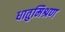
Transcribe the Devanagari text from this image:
धातुमिश्रण